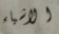
الاشياء